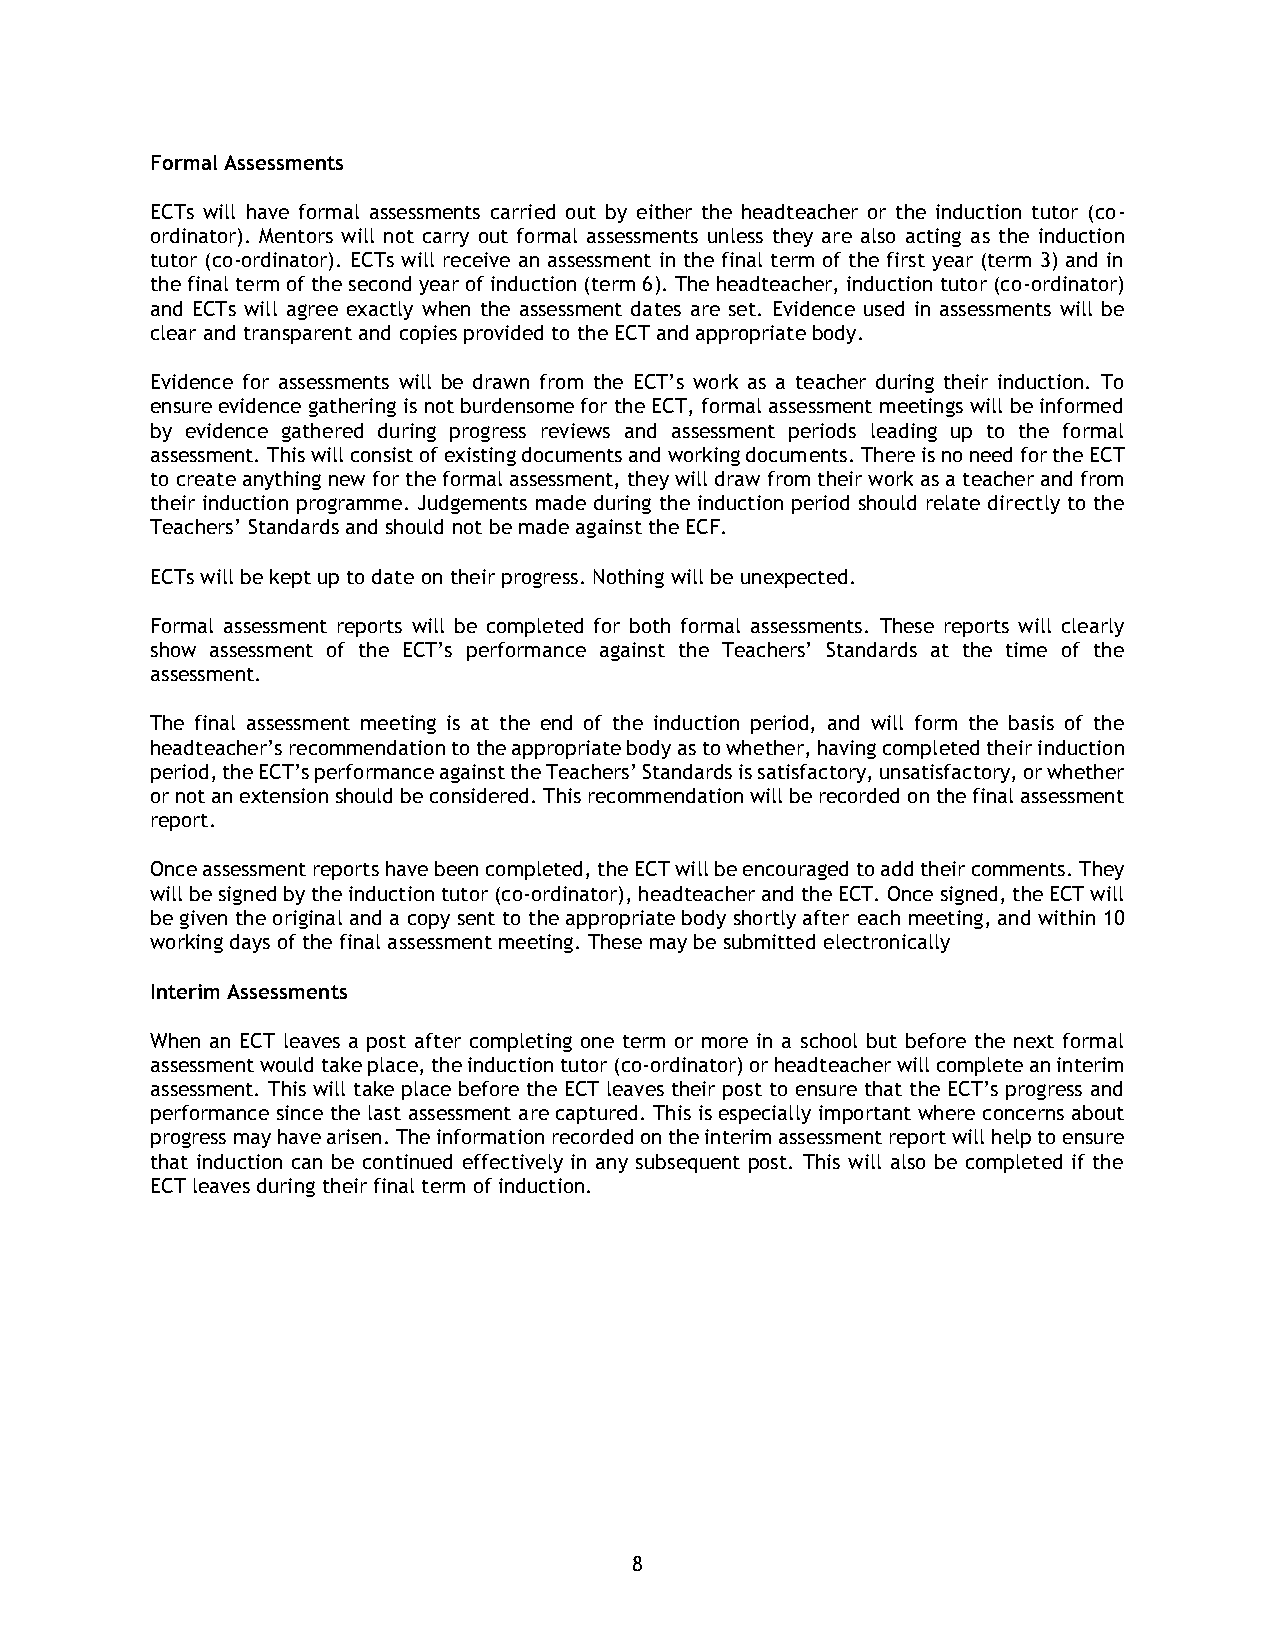
Formal Assessments
 ECTs will have formal assessments carried out by either the headteacher or the induction tutor (co-
 ordinator). Mentors will not carry out formal assessments unless they are also acting as the induction
 tutor (co-ordinator). ECTs will receive an assessment in the final term of the first year (term 3) and in
 the final term of the second year of induction (term 6). The headteacher, induction tutor (co-ordinator)
 and ECTs will agree exactly when the assessment dates are set. Evidence used in assessments will be
 clear and transparent and copies provided to the ECT and appropriate body.
 Evidence for assessments will be drawn from the ECT’s work as a teacher during their induction. To
 ensure evidence gathering is not burdensome for the ECT, formal assessment meetings will be informed
 by evidence gathered during progress reviews and assessment periods leading up to the formal
 assessment. This will consist of existing documents and working documents. There is no need for the ECT
 to create anything new for the formal assessment, they will draw from their work as a teacher and from
 their induction programme. Judgements made during the induction period should relate directly to the
 Teachers’ Standards and should not be made against the ECF.
 ECTs will be kept up to date on their progress. Nothing will be unexpected.
 Formal assessment reports will be completed for both formal assessments. These reports will clearly
 show assessment of the ECT’s performance against the Teachers’ Standards at the time of the
 assessment.
 The final assessment meeting is at the end of the induction period, and will form the basis of the
 headteacher’s recommendation to the appropriate body as to whether, having completed their induction
 period, the ECT’s performance against the Teachers’ Standards is satisfactory, unsatisfactory, or whether
 or not an extension should be considered. This recommendation will be recorded on the final assessment
 report.
 Once assessment reports have been completed, the ECT will be encouraged to add their comments. They
 will be signed by the induction tutor (co-ordinator), headteacher and the ECT. Once signed, the ECT will
 be given the original and a copy sent to the appropriate body shortly after each meeting, and within 10
 working days of the final assessment meeting. These may be submitted electronically
 Interim Assessments
 When an ECT leaves a post after completing one term or more in a school but before the next formal
 assessment would take place, the induction tutor (co-ordinator) or headteacher will complete an interim
 assessment. This will take place before the ECT leaves their post to ensure that the ECT’s progress and
 performance since the last assessment are captured. This is especially important where concerns about
 progress may have arisen. The information recorded on the interim assessment report will help to ensure
 that induction can be continued effectively in any subsequent post. This will also be completed if the
 ECT leaves during their final term of induction.
 8